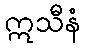
ဣသီနံ